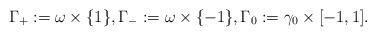
LaTeX: \begin{align*} \Gamma_+:=\omega\times \{1\}, \Gamma_-:= \omega\times \{-1\},\Gamma_0:=\gamma_0\times[-1,1]. \end{align*}